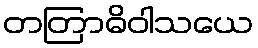
တတြာဓိဝါသယေ